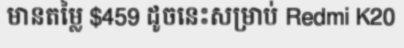
មានតម្លៃ $459 ដូចនេះសម្រាប់ Redmi K20